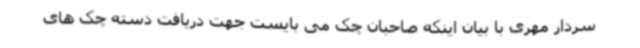
سردار مهری با بیان اینکه صاحبان چک می بایست جهت دریافت دسته چک های